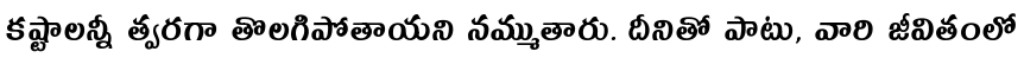
కష్టాలన్నీ త్వరగా తొలగిపోతాయని నమ్ముతారు. దీనితో పాటు, వారి జీవితంలో